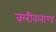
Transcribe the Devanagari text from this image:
क्लीवलाण्ड